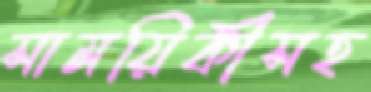
সাময়িকীসহ